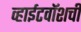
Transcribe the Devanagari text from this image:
व्हाईटवॉशची